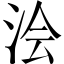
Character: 浍